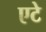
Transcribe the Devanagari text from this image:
एटे